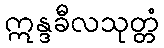
ဣန္ဒခီလသုတ္တံ